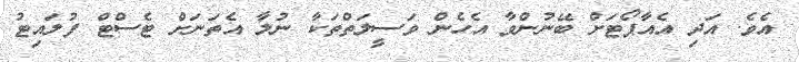
އެވެ. އަދި އެއާޕޯޓަށް ބޭނުންވާ އެހެން ވަސީލަތްތަކާ ނުލާ އެތަނަށް ޓެސްޓް ފުލައިޓު